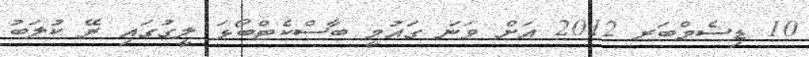
10 ޑިސެމްބަރ 2012 އަށް ވަނަ ގައުމީ ބާސްކެޓްބޯޅަ ލީގުގައި ރޭ ކުލަބު